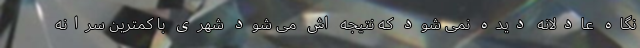
نگاه عادلانه دیده نمی شود که نتیجه اش می شود شهری با کمترین سرانه